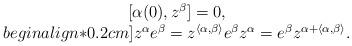
LaTeX: \begin{align*}\begin{array}{cc}[\alpha(0),z^\beta]=0,\\begin{align*}0.2cm]z^{\alpha}e^{\beta}=z^{\langle\alpha,\beta\rangle}e^{\beta}z^{\alpha}=e^{\beta}z^{\alpha+\langle\alpha,\beta\rangle}.\end{array}\end{align*}